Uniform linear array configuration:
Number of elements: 8
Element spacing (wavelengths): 0.5
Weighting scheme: uniform
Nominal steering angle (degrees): -45
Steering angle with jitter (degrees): -44.273
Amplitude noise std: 0.05
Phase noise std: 0.05

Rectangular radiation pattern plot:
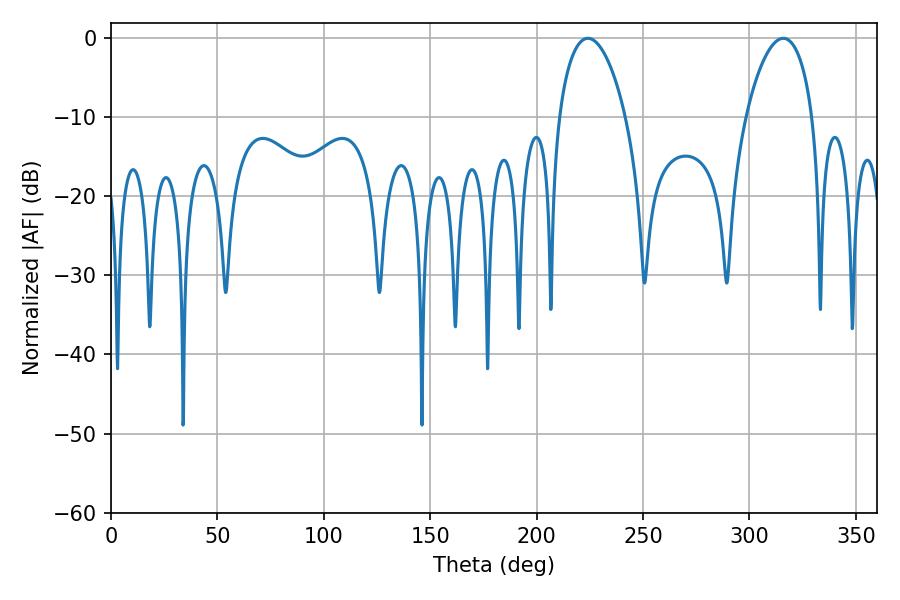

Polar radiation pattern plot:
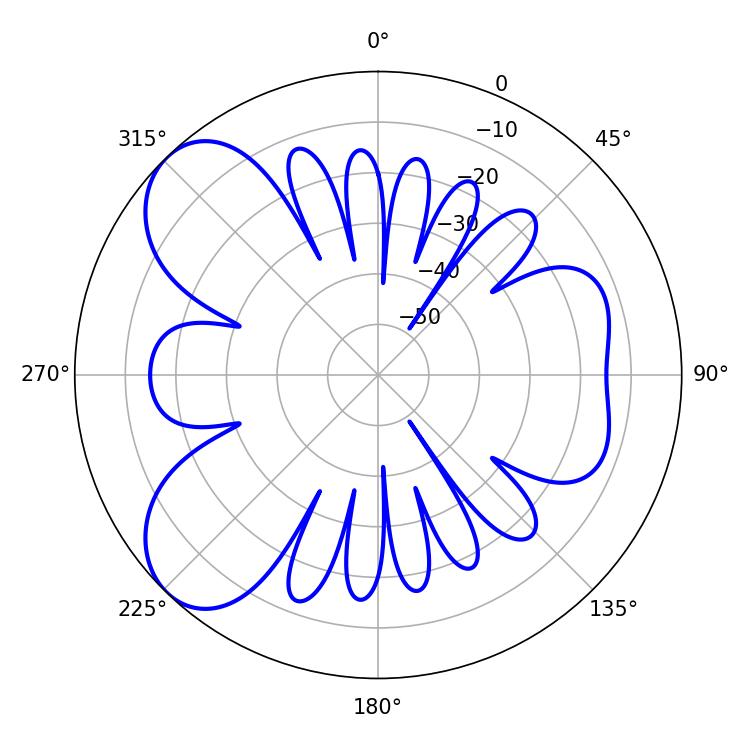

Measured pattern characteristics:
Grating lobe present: FALSE
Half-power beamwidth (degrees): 17.64
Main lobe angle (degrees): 224.1